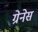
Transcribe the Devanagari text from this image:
ग्रेनेस